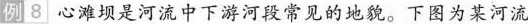
例8|心滩坝是河流中下游河段常见的地貌。下图为某河流